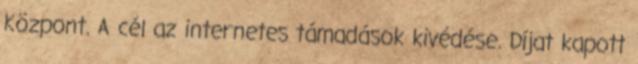
Központ. A cél az internetes támadások kivédése. Díjat kapott